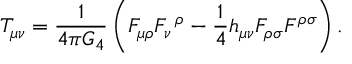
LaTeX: T _ { \mu \nu } = \frac { 1 } { 4 \pi G _ { 4 } } \left( F _ { \mu \rho } F _ { \nu } \, ^ { \rho } - \frac { 1 } { 4 } h _ { \mu \nu } F _ { \rho \sigma } F ^ { \rho \sigma } \right) .